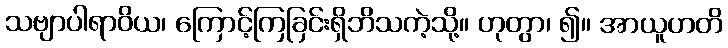
သဗျာပါရာဝိယ၊ ကြောင့်ကြခြင်းရှိဘိသကဲ့သို့။ ဟုတွာ၊ ၍။ အာယူဟတိ